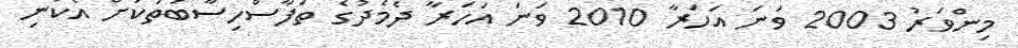
މިންވަރު 2003 ވަނަ އަހަރާ 2010 ވަނަ އަހަރާ ދެމެދުގެ ތަފާސްހިސާބުތަކަށް އެކަނި